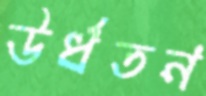
উর্ধতন